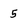
Character: 5